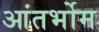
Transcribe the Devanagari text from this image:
आंतर्भोम